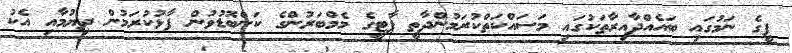
ޕީގެ ނަމުގައި ބައެއްދާއިރާތަކުގައި މަސައްކަތްކުރަމުންދާތީ ޕާޓީގެ މެމްބަރުންގެ ކަންބޮޑުވުން ފާޅުކުރަމުން ދިޔުމާއި އެކު